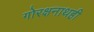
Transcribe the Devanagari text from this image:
गोरक्षनाथही